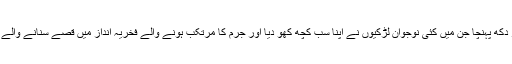
مجھے ایسے بہت سے قصے سن کر دکھ پہنچا جن میں کئی نوجوان لڑکیوں نے اپنا سب کچھ کھو دیا اور جرم کا مرتکب ہونے والے فخریہ انداز میں قصے سنانے والے شاید میرے قریبی جاننے والے تھے۔